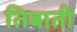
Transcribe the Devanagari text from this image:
तिबाती